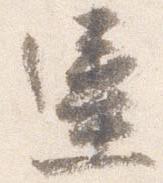
違